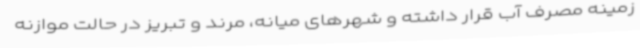
زمینه مصرف آب قرار داشته و شهرهای میانه، مرند و تبریز در حالت موازنه